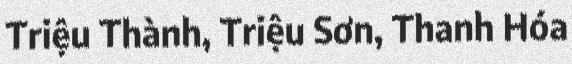
Triệu Thành, Triệu Sơn, Thanh Hóa